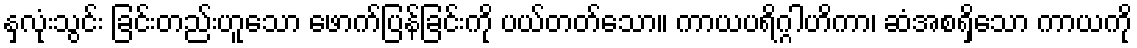
နှလုံးသွင်း ခြင်းတည်းဟူသော ဖောက်ပြန်ခြင်းကို ပယ်တတ်သော။ ကာယပရိဂ္ဂါဟိကာ၊ ဆံအစရှိသော ကာယကို